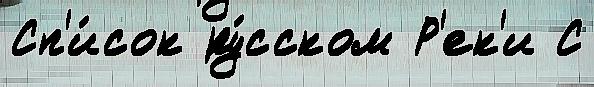
Сп'и́сок ру́сском Р'ек'и С